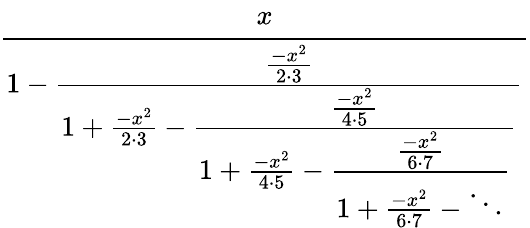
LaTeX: \cfrac{x}{1-{\cfrac{\frac{-x^{2}}{2\cdot 3}}{1+{\frac{-x^{2}}{2\cdot 3}}-{\cfrac{\frac{-x^{2}}{4\cdot 5}}{1+{\frac{-x^{2}}{4\cdot 5}}-{\cfrac{\frac{-x^{2}}{6\cdot 7}}{1+{\frac{-x^{2}}{6\cdot 7}}-\ddots}}}}}}}